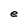
Character: e